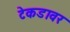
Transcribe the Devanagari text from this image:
टेकडावर